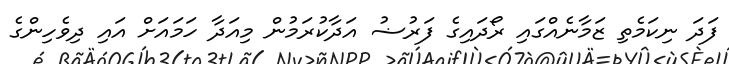
ފަދަ ނިކަމެތި ޒަމާނެއްގައި ރޯދައިގެ ފަރުޟު އަދާކުރަމުން މިއަދާ ހަމައަށް އައި ދިވެހިންގެ